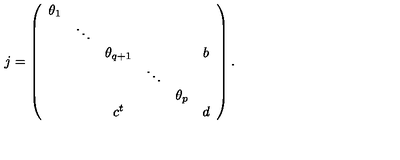
j = \left( \begin{array} { c c c c c c } { \theta _ { 1 } } & { } & { } & { } & { } & { } \\ { } & { \ddots } & { } & { } & { } & { } \\ { } & { } & { \theta _ { q + 1 } } & { } & { } & { b } \\ { } & { } & { } & { \ddots } & { } & { } \\ { } & { } & { } & { } & { \theta _ { p } } & { } \\ { } & { } & { c ^ { t } } & { } & { } & { d } \\ \end{array} \right) .